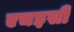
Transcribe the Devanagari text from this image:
एचइसी